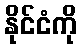
နိုင်ငံကို